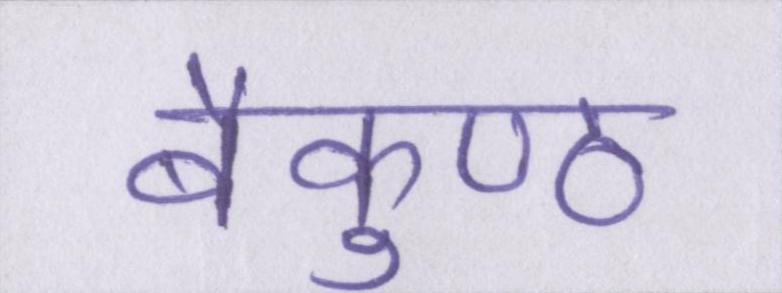
बैकुण्ठ